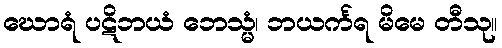
ဃောရံ ပဋိဘယံ ဘေသ္မံ၊ ဘယင်္ကရ မိမေ တီသု။